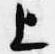
上